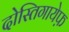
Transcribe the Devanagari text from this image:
दोस्तिगायेफ़